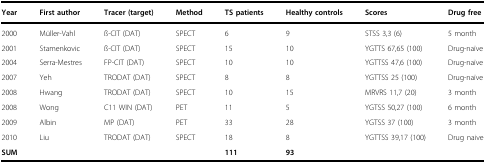
<table><thead><tr><td><b>Year</b></td><td><b>First author</b></td><td><b>Tracer (target)</b></td><td><b>Method</b></td><td><b>TS patients</b></td><td><b>Healthy controls</b></td><td><b>Scores</b></td><td><b>Drug free</b></td></tr></thead><tbody><tr><td>2000</td><td>Müller-Vahl</td><td>ß-CIT (DAT)</td><td>SPECT</td><td>6</td><td>9</td><td>STSS 3,3 (6)</td><td>5 month</td></tr><tr><td>2001</td><td>Stamenkovic</td><td>ß-CIT (DAT)</td><td>SPECT</td><td>15</td><td>10</td><td>YGTTS 67,65 (100)</td><td>Drug-naïve</td></tr><tr><td>2004</td><td>Serra-Mestres</td><td>FP-CIT (DAT)</td><td>SPECT</td><td>10</td><td>10</td><td>YGTTSS 47,6 (100)</td><td>Drug-naïve</td></tr><tr><td>2007</td><td>Yeh</td><td>TRODAT (DAT)</td><td>SPECT</td><td>8</td><td>8</td><td>YGTTSS 25 (100)</td><td>Drug-naïve</td></tr><tr><td>2008</td><td>Hwang</td><td>TRODAT (DAT)</td><td>SPECT</td><td>10</td><td>15</td><td>MRVRS 11,7 (20)</td><td>3 month</td></tr><tr><td>2008</td><td>Wong</td><td>C11 WIN (DAT)</td><td>PET</td><td>11</td><td>5</td><td>YGTSS 50,27 (100)</td><td>6 month</td></tr><tr><td>2009</td><td>Albin</td><td>MP (DAT)</td><td>PET</td><td>33</td><td>28</td><td>YGTSS 37 (100)</td><td>3 month</td></tr><tr><td>2010</td><td>Liu</td><td>TRODAT (DAT)</td><td>SPECT</td><td>18</td><td>8</td><td>YGTTSS 39,17 (100)</td><td>Drug naive</td></tr><tr><td><b>SUM</b></td><td></td><td></td><td></td><td><b>111</b></td><td><b>93</b></td><td></td><td></td></tr></tbody></table>